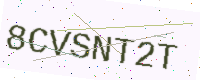
Text: 8CVSNT2T